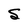
Character: S